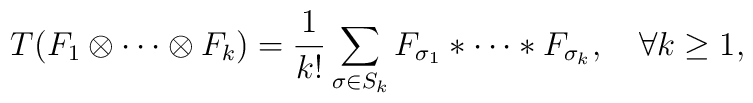
T(F_1\otimes\cdots\otimes F_k)={1\over k!}\sum_{\sigma\in S_k}F_{\sigma_1}\ast\cdots\ast F_{\sigma_k},\quad \forall k\geq 1,